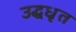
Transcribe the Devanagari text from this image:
उद्धधृत